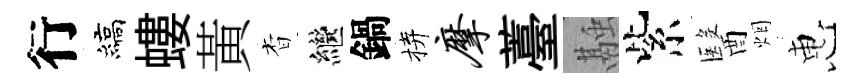
行縞螻黃杳繼鍋拚摩薹融紫醫烟惠